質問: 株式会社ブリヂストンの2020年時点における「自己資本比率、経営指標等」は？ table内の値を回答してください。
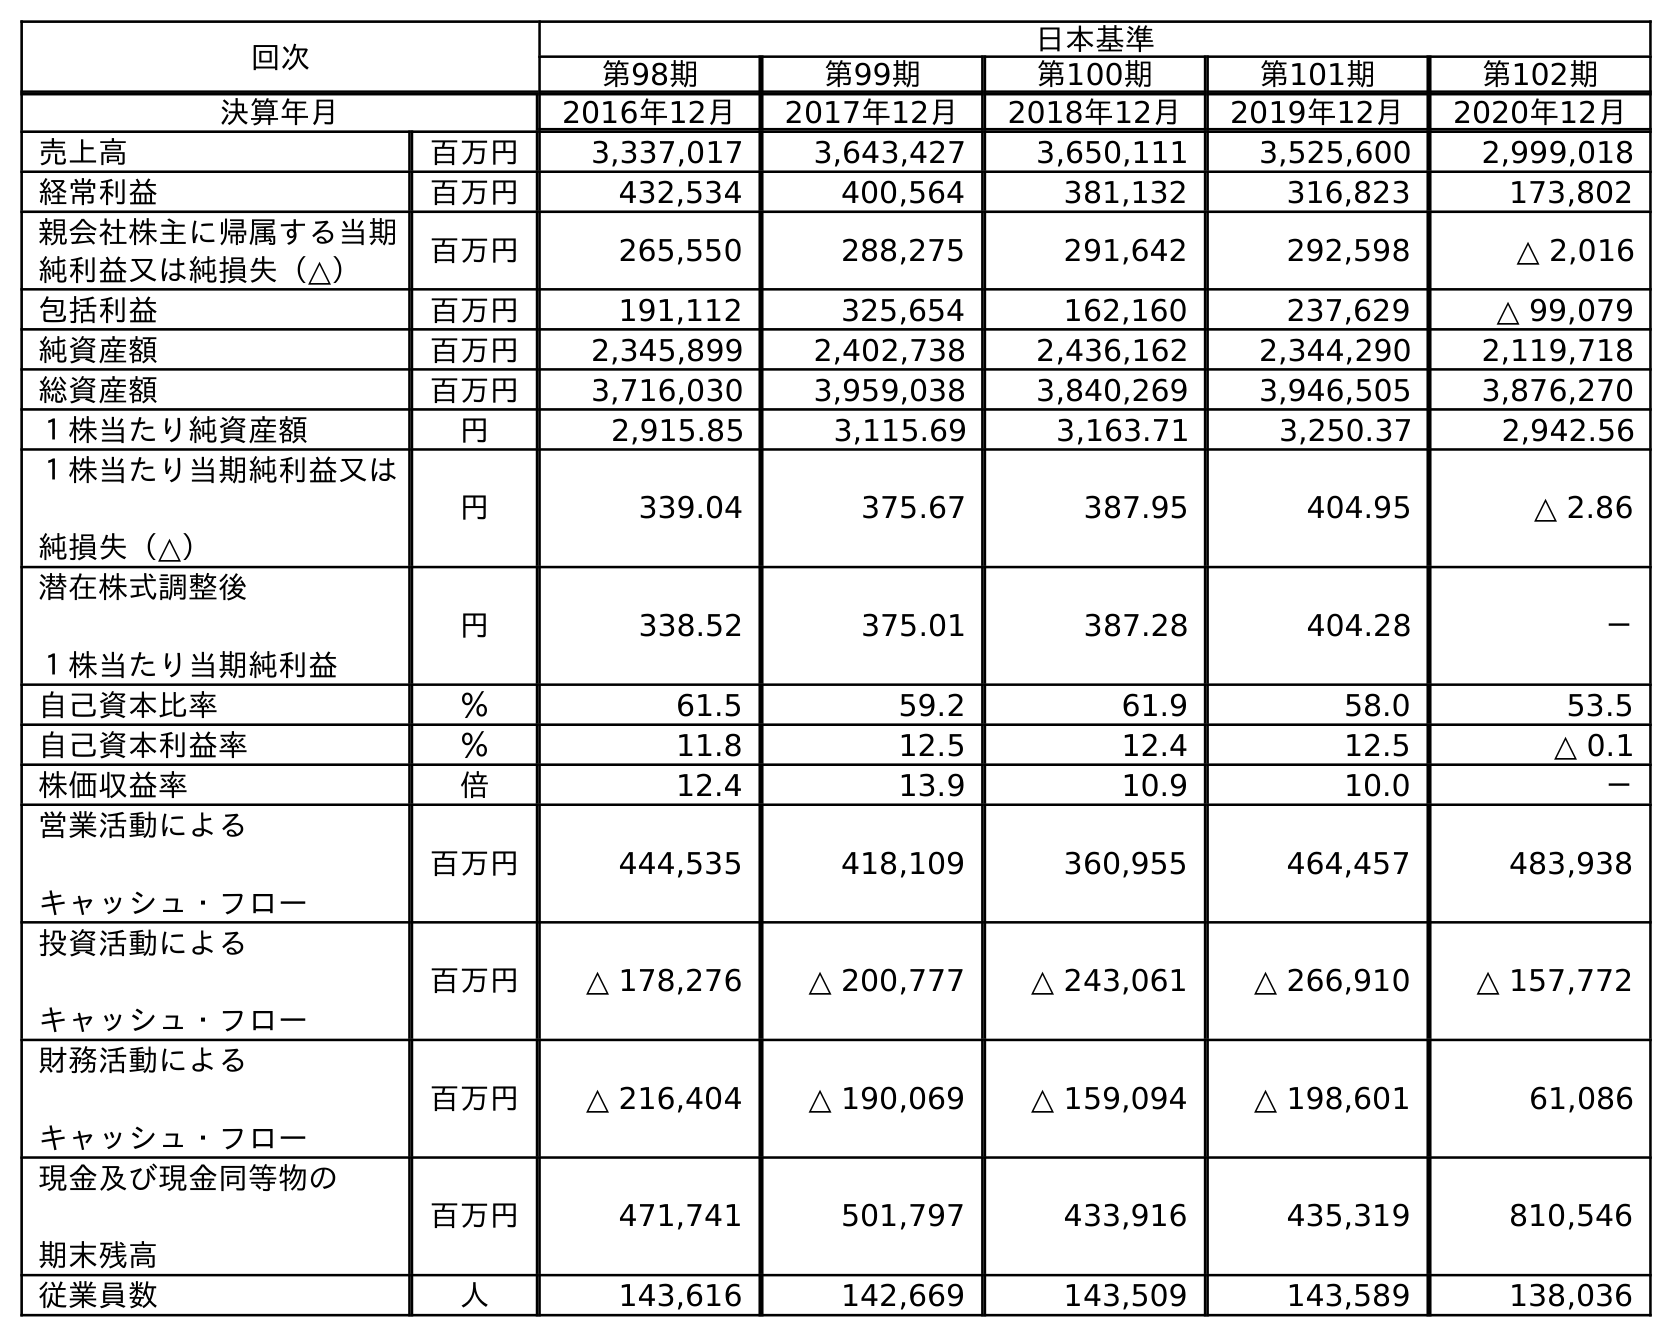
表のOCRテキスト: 回次 日本基準 第98期 第99期 第100期 第101期 第102期 決算年月 2016年12月 2017年12月 2018年12月 2019年12月 2020年12月 売上高 百万円 3,337,017 3,643,427 3,650,111 3,525,600 2,999,018 経常利益 百万円 432,534 400,564 381,132 316,823 173,802 親会社株主に帰属する当期 純利益又は純損失（△） 百万円 265,550 288,275 291,642 292,598 △ 2,016 包括利益 百万円 191,112 325,654 162,160 237,629 △ 99,079 純資産額 百万円 2,345,899 2,402,738 2,436,162 2,344,290 2,119,718 総資産額 百万円 3,716,030 3,959,038 3,840,269 3,946,505 3,876,270 １株当たり純資産額 円 2,915.85 3,115.69 3,163.71 3,250.37 2,942.56 １株当たり当期純利益又は 純損失（△） 円 339.04 375.67 387.95 404.95 △ 2.86 潜在株式調整後 １株当たり当期純利益 円 338.52 375.01 387.28 404.28 － 自己資本比率 ％ 61.5 59.2 61.9 58.0 53.5 自己資本利益率 ％ 11.8 12.5 12.4 12.5 △ 0.1 株価収益率 倍 12.4 13.9 10.9 10.0 － 営業活動による キャッシュ・フロー 百万円 444,535 418,109 360,955 464,457 483,938 投資活動による キャッシュ・フロー 百万円 △ 178,276 △ 200,777 △ 243,061 △ 266,910 △ 157,772 財務活動による キャッシュ・フロー 百万円 △ 216,404 △ 190,069 △ 159,094 △ 198,601 61,086 現金及び現金同等物の 期末残高 百万円 471,741 501,797 433,916 435,319 810,546 従業員数 人 143,616 142,669 143,509 143,589 138,036
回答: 53.5